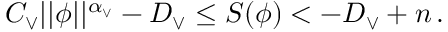
\begin{array} { r } { C _ { \vee } \vert \vert \phi \vert \vert ^ { \alpha _ { \vee } } - D _ { \vee } \leq S ( \phi ) < - D _ { \vee } + n \, . } \end{array}